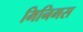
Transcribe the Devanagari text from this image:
मिनिमस